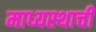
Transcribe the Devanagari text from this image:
माध्यस्थाची